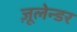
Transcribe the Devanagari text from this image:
ज़ूलेन्डर